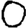
Digit: 0